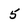
Character: 5